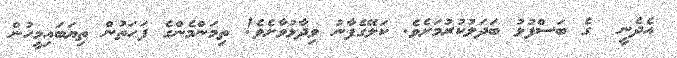
އެދެނީ  ގެ ބަސްފުޅު ބަދަލުކުރުމަށެވެ. ކަލޭގެފާނު ވިދާޅުވާށެވެ! ތިމަންމެންގެ ފަހަތުން ތިޔަބައިމީހުން